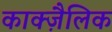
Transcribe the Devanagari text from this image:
काक्ज़ैलिक